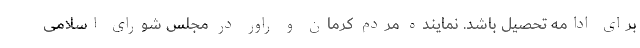
برای ادامه تحصیل باشد. نماینده مردم کرمان و راور در مجلس شورای اسلامی